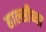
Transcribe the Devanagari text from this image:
हाल्सीच्या